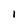
Character: I